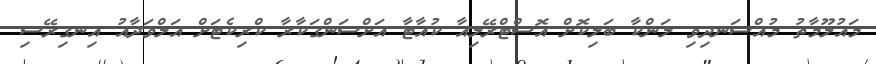
މައުލޫމާތު މުއްސަނދިވި ލަންކާ ބަލިކޮށް އޮސްޓްރޭލިއާ ކުއާޓާ އަށްސަންގަކާރާ ކްރިކެޓަށް އަލްވަދާއު އިނގިރޭސި